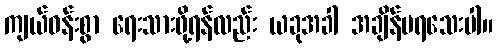
ကျယ်ဝန်းစွာ ရေးသားဖို့ရန်လည်း ယခုအခါ အချိန်မရသေးပါ။